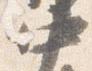
中